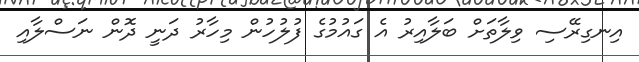
އިނގިރޭސި ވިލާތަށް ބަލާއިރު އެ ގައުމުގެ ފުލުހުން މިހާރު ދަނީ ދޮން ނަސްލާއި